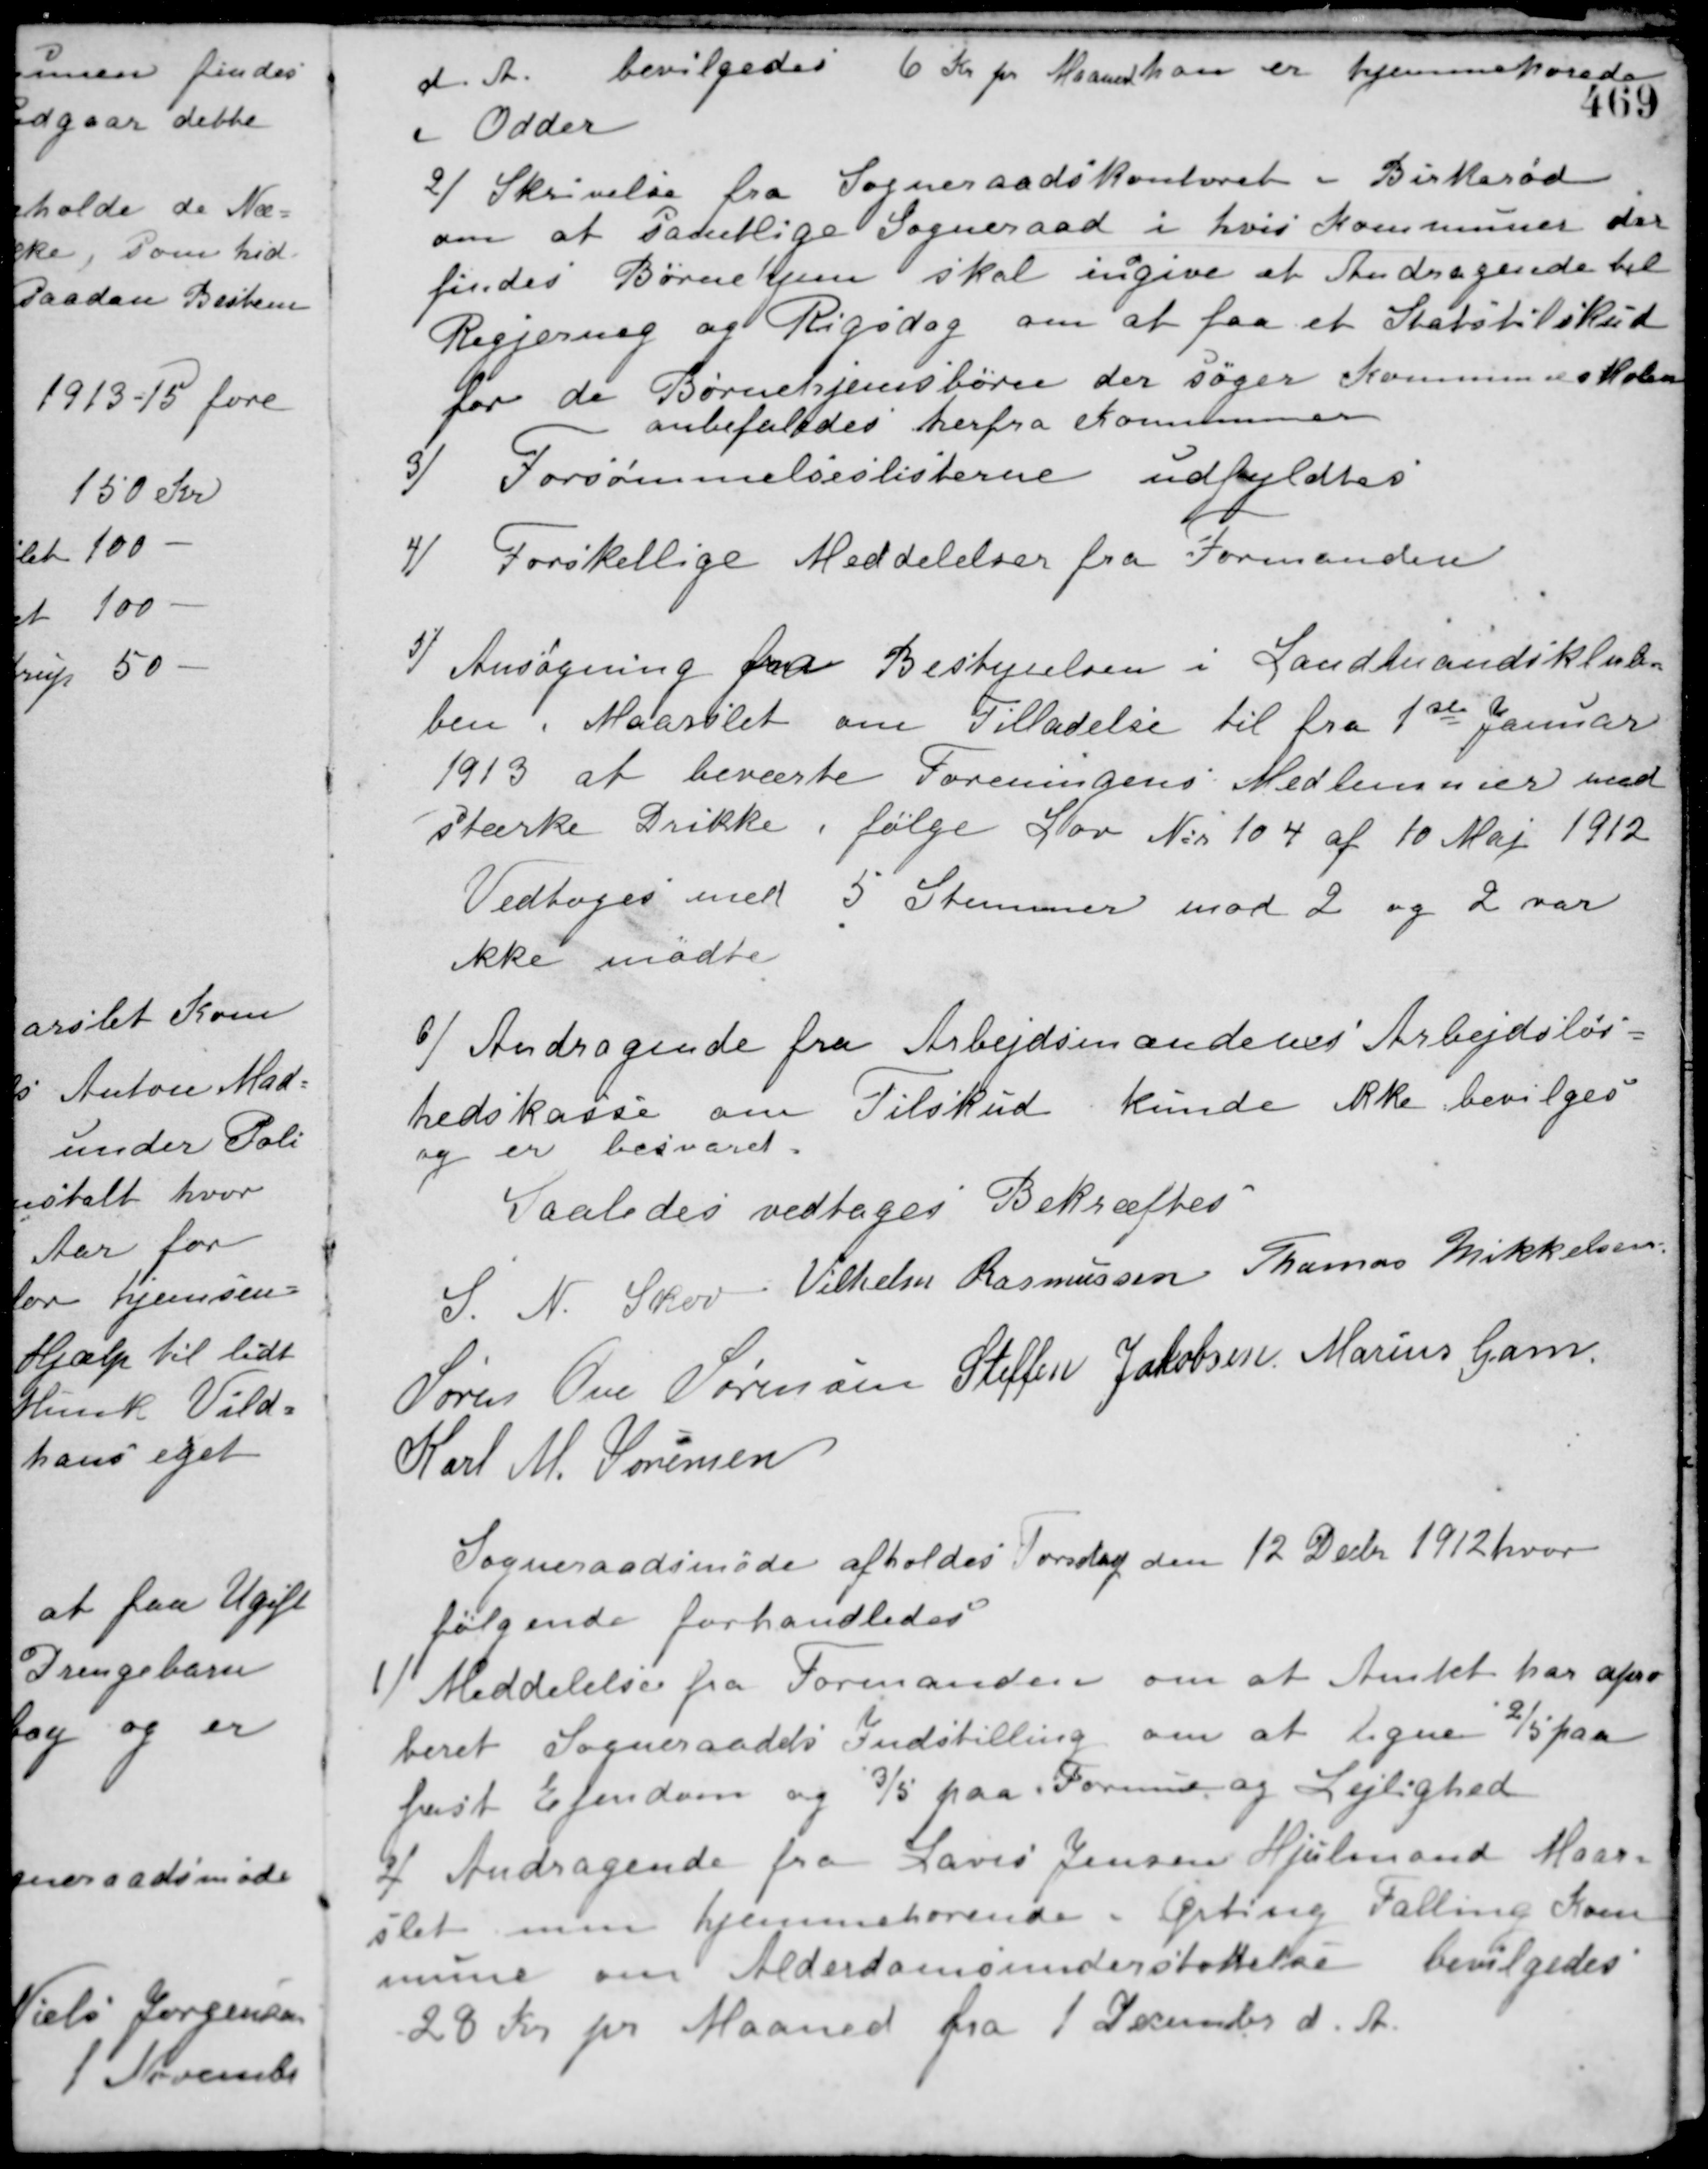
Transskription:
d. A.
bevilgedes 6 Kr. pr. Maaned han er hjemmehørede
i Odder.
2/ Skrivelse fra Sogneraadskontoret i Birkerød
om at samtlige Sogneraad i hvis Kommuner der
findes Børnehjem skal ingive et Andragende til
Regjering og Rigsdag om at faa et Statstilskud
for de Børnehjemsbørn der søger Kommuneskolen.
anbefaledes herfra Kommunen.
3/ Forsømmelseslisterne udfyldtes.
4/ Forskellige Meddelelser fra Formanden.
5/ Ansøgning fra Bestyrelsen i Landmandsklub-
ben i Maarslet om Tilladelse til fra 1ste Januar
1913 at beværte Foreningens Medlemmer med
stærke Drikke i følge Lov No 104 af 10 Maj 1912.
Vedtoges med 5 Stemmer mod 2 og 2 var
ikke mødte.
6/ Andragende fra Arbejdsmændenes Arbejdsløs-
hedskasse om Tilskud kunde ikke bevilges
og er besvaret.
Saaledes vedtages Bekræftes
S. N. Skov Vilhelm Rasmussen Thomas Mikkelsen
Søren Ove Sørensen Steffen Jakobsen Marius Gam
Karl M. Sørensen
Sogneraadsmøde afholdes Torsdag den 12 Decbr. 1912 hvor
følgende forhandledes
1/ Meddelelse fra Formanden om at Amtet har apro-
beret Sogneraadets Indstilling om at ligne 2/5 paa
fast Ejendom og 3/5 paa Formue og Lejlighed.
2/ Andragende fra Laurs Jensen Hjulmand Maar-
slet men hjemmehørende i Ørting Falling Kom-
mune om Alderdomsunderstøttelse. bevilgedes
28 Kr. pr. Maaned fra 1 December d. A.